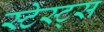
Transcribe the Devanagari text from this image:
स्टेस्ट्स